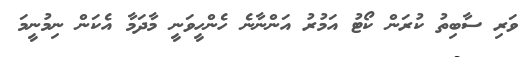
ވަރި ސާބިތު ކުރަން ކޯޓު އަމުރު އަންނާނެ ހެންހީވަނީ މާދަމާ އެކަން ނިމުނީމަ